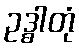
ဥဒ္ဓါတုံ